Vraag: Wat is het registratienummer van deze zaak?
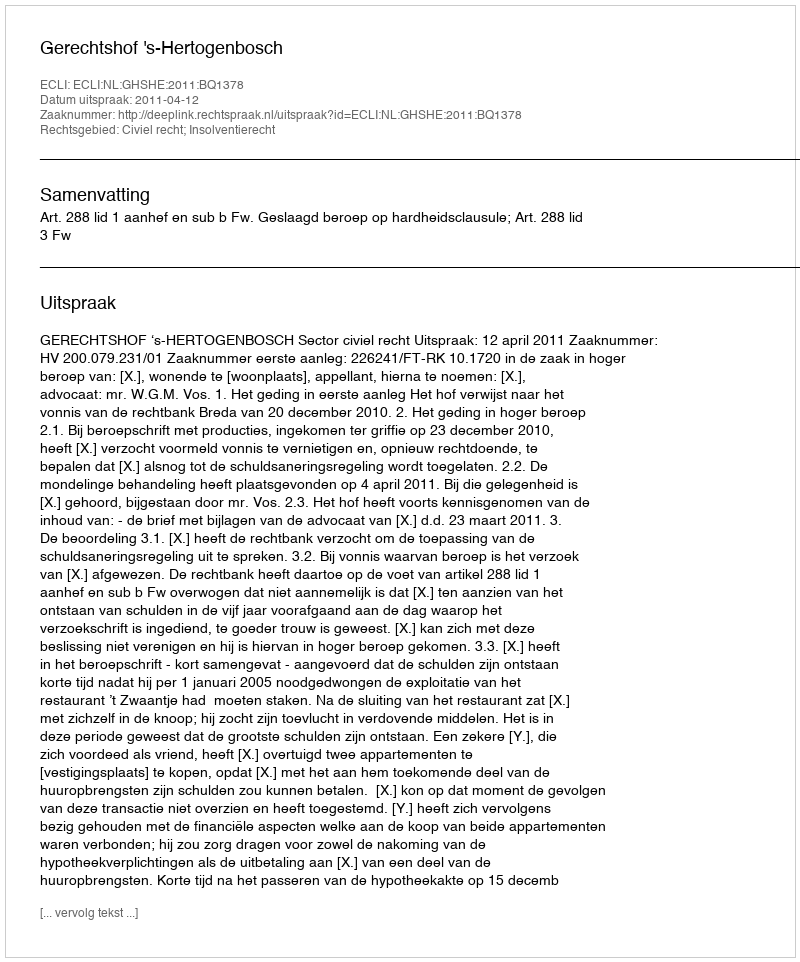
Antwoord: http://deeplink.rechtspraak.nl/uitspraak?id=ECLI:NL:GHSHE:2011:BQ1378